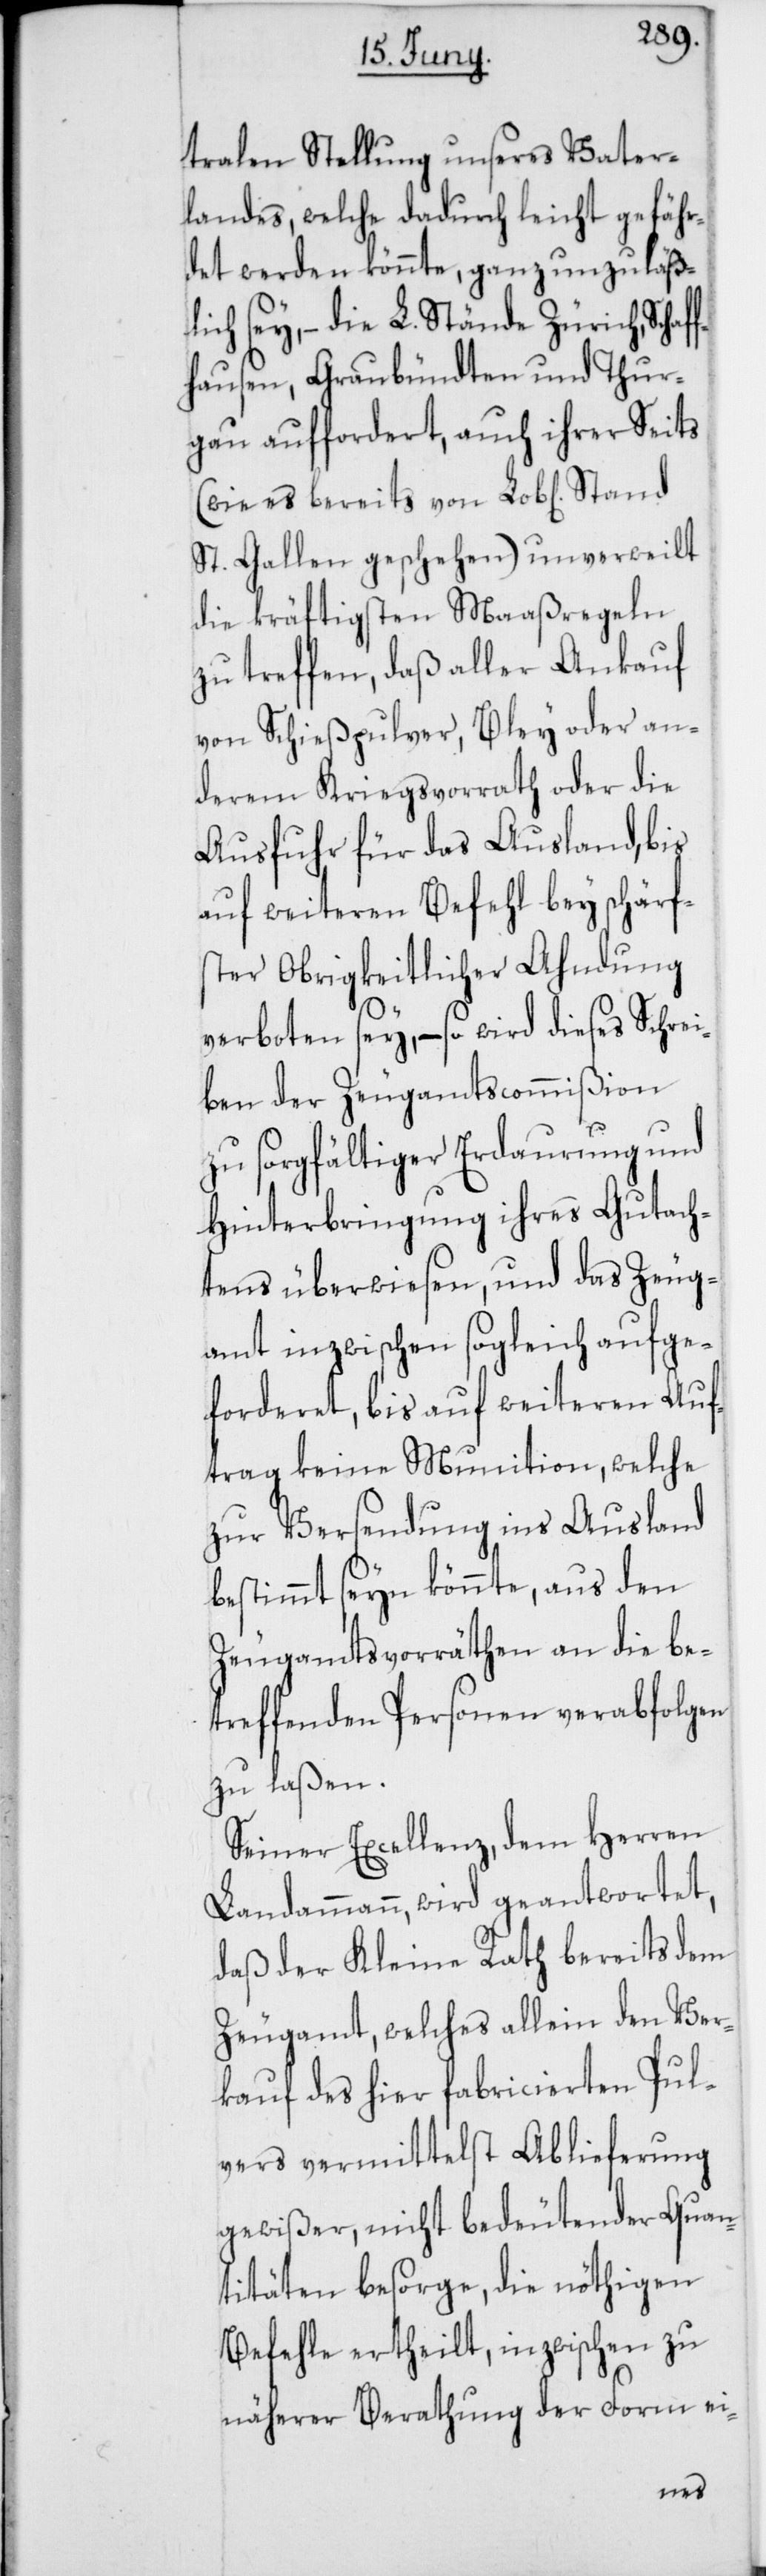
tralen Stellung unseres Vater¬
landes, welche dadurch leicht gefähr¬
det werden könnte, ganz unzuläß¬
ig sey, – die L. Stände Zürich, Schaf¬
fhausen, Graubündten und Thur¬
gau auffordert, auch ihrer Seits
St. Gallen geschehen) unverweilt
die kräftigsten Maaßregeln
zu treffen, daß aller Ankauf
von Schießpulver, Bley oder an¬
derem Kriegsvorrath oder die
Ausfuhr für das Ausland, bis
auf weiteren Befehl bey schärfs¬
ter Obrigkeitlicher Ahndung
verboten sey, – so wird dieses Schrei¬
ben der Zeugamtscommißion
zu sorgfältiger Erdaurung und
Hinterbringung ihres Gutach¬
tens überwiesen, und das Zeug¬
amt inzwischen sogleich aufge¬
forderet, bis auf weiteren Auf¬
trag keine Munition, welche
zur Versendung ins Ausland
bestimmt seyn könnte, aus den
Zeugamtsvorräthen an die be¬
treffenden Personen verabfolgen
zu laßen.
Seiner Excellenz, dem Herren
Landammann, wird geantwortet,
daß der Kleine Rath bereits dem
Zeugamt, welches allein den Ver¬
kauf des hier fabricierten Pul¬
vers vermittelst Ablieferung
gewißer, nicht bedeutender Quan¬
titäten besorge, die nöthigen
Befehle ertheilt, inzwischen zu
näherer Berathung der Form ei-